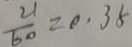
\frac { 2 1 } { 6 0 } = 0 . 3 5